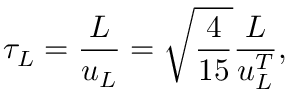
\tau _ { L } = \frac { L } { u _ { L } } = \sqrt { \frac { 4 } { 1 5 } } \frac { L } { u _ { L } ^ { T } } ,